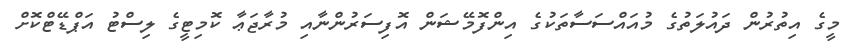
މީގެ އިތުރުން ދައުލަތުގެ މުއައްސަސާތަކުގެ އިންފޮމޭޝަން އޮފިސަރުންނާއި މުރާޖަޢާ ކޮމިޓީގެ ލިސްޓު އަޕްޑޭޓްކޮށް